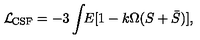
{ \cal { L } } _ { \! \mathrm { \tiny { C S F } } } = - 3 \int \! \! E [ 1 - k \Omega ( S + \bar { S } ) ] ,